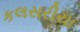
કલસરીયા